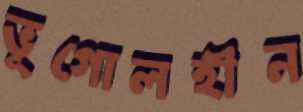
ভূগোলহীন